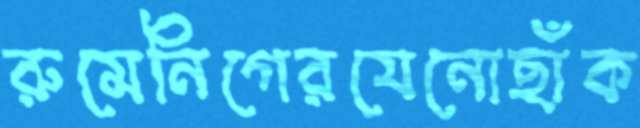
রুমেনিগেরযেনোছাঁক